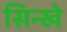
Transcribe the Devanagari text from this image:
सिन्खे